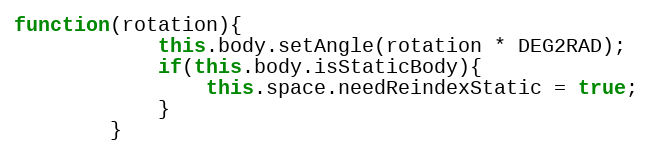
Language: JavaScript
function(rotation){
            this.body.setAngle(rotation * DEG2RAD);
            if(this.body.isStaticBody){
                this.space.needReindexStatic = true;
            }
        }